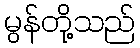
မွန်တို့သည်